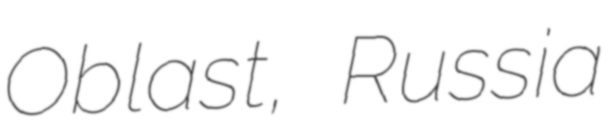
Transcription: Oblast, Russia